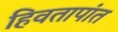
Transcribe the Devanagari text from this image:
हिवतापांत